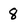
Character: 8